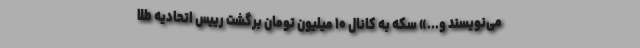
می‌نویسند و...» سکه به کانال ۱۰ میلیون تومان برگشت رییس اتحادیه طلا